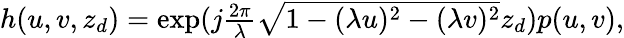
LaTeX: \begin{array}{r}{h(u,v,z_{d})=\exp(j\frac{2\pi}{\lambda}\sqrt{1-(\lambda u)^{2}-(\lambda v)^{2}}z_{d})p(u,v),}\end{array}